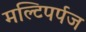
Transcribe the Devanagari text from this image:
मल्टिपर्पज